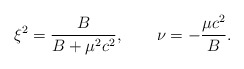
\begin{align*}\xi^2 = \frac{B}{B+\mu^2 c^2}, \qquad \nu = -\frac{\mu c^2}{B}.\end{align*}